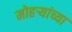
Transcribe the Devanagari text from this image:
मोहऱ्यांच्या